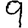
Digit: 9